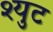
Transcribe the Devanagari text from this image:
श्युट